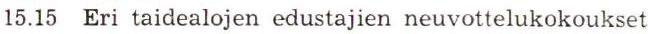
15.15 Eri taidealojen edustajien neuvottelukokoukset